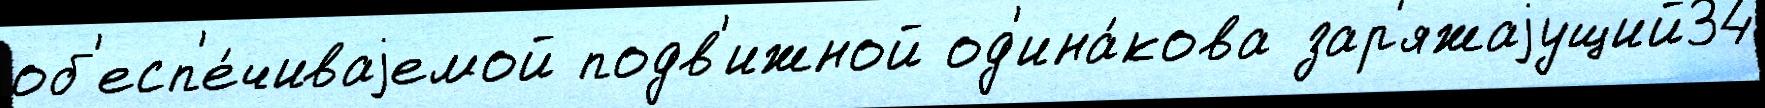
об'есп'е́чиваjемой подв'ижной од'ина́кова зар'яжаjущий34